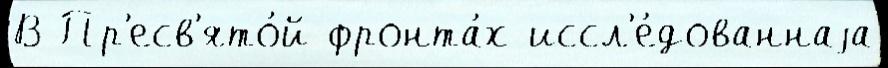
В Пр'есв'ято́й фронта́х иссл'е́дованнаjа